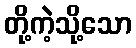
တို့ကဲ့သို့သော